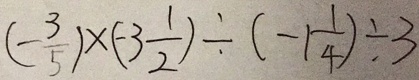
( - \frac { 3 } { 5 } ) \times ( - 3 \frac { 1 } { 2 } ) \div ( - 1 \frac { 1 } { 4 } ) \div 3